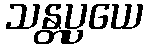
သန္တပ္ပယေ